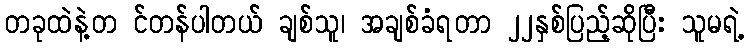
တခုထဲနဲ့တ င်တန်ပါတယ် ချစ်သူ၊ အချစ်ခံရတာ ၂၂နှစ်ပြည့်ဆိုပြီး သူမရဲ့